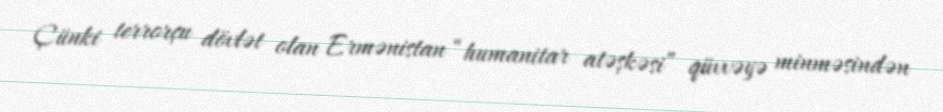
Çünki terrorçu dövlət olan Ermənistan “humanitar atəşkəsi” qüvvəyə minməsindən